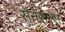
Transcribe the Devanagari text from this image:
सेनेसेन्स